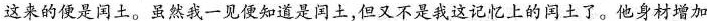
这来的便是闰土。虽然我一见便知道是闰土，但又不是我这记忆上的闰土了。他身材增加